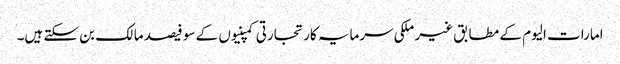
امارات الیوم کے مطابق غیر ملکی سرمایہ کار تجارتی کمپنیوں کے سو فیصد مالک بن سکتے ہیں۔